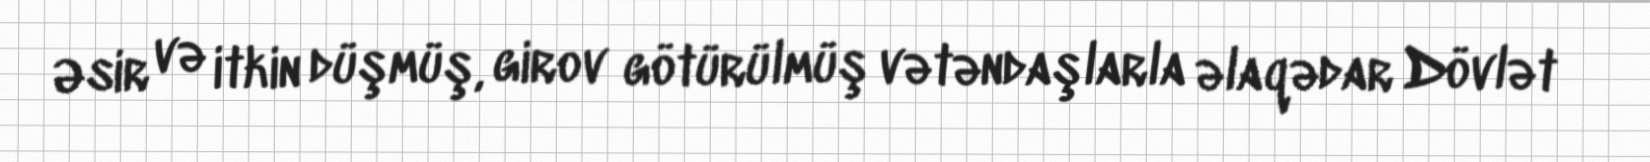
Əsir və itkin düşmüş, girov götürülmüş vətəndaşlarla əlaqədar Dövlət